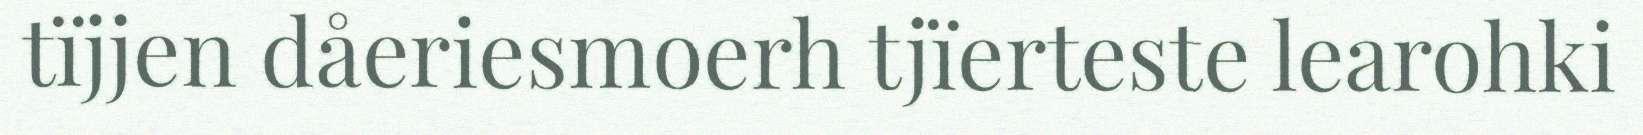
tïjjen dåeriesmoerh tjïerteste learohki